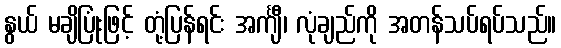
နွယ် မချိပြုံးဖြင့် တုံ့ပြန်ရင်း အင်္ကျီ၊ လုံချည်ကို အတန်သပ်ရပ်သည်။